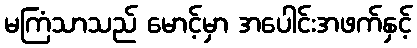
မကြံသာသည် မောင့်မှာ အပေါင်းအဖက်နှင့်